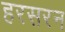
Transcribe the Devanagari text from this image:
हरसरन